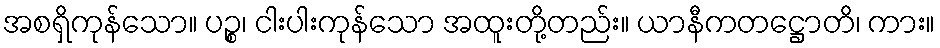
အစရှိကုန်သော။ ပဉ္စ၊ ငါးပါးကုန်သော အထူးတို့တည်း။ ယာနီကတဋ္ဌောတိ၊ ကား။